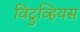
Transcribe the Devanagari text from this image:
विट्रुव्हियस